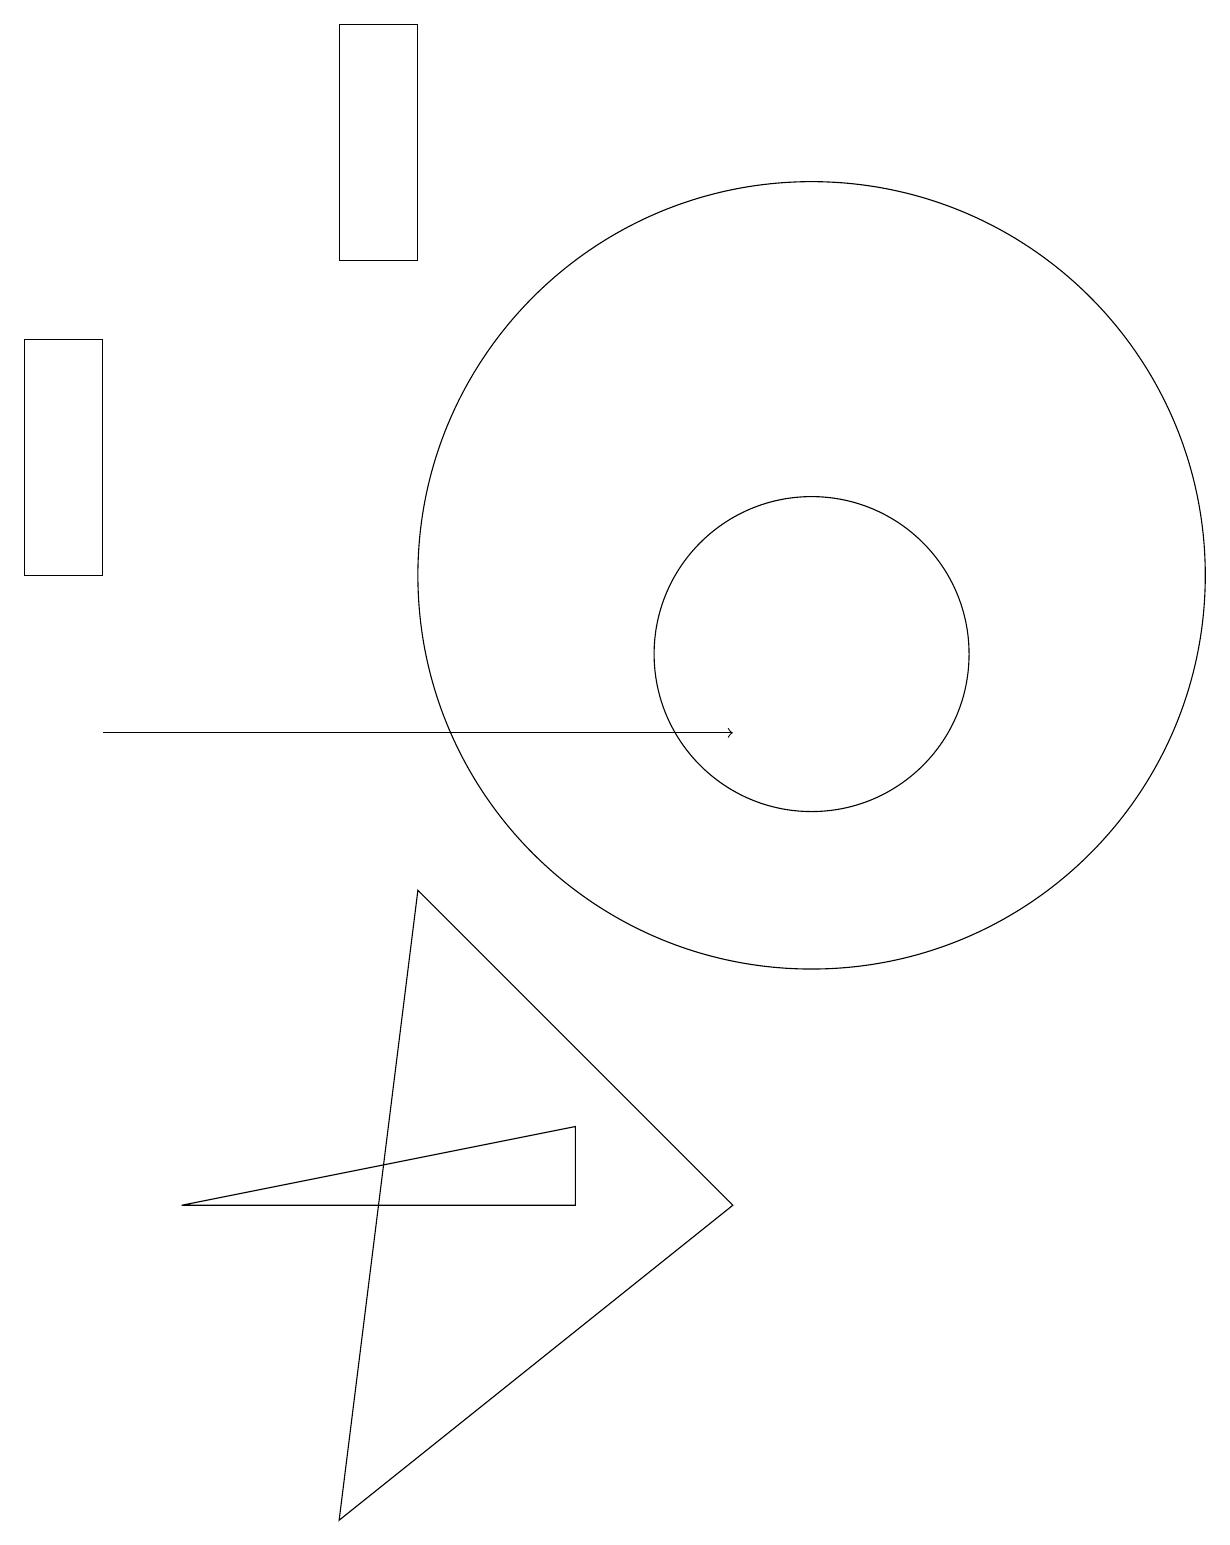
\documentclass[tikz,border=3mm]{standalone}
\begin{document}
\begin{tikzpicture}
\draw (7,5) -- (2,4) -- (7,4) -- cycle;
\draw[->] (1,10) -- (9,10);
\draw (10,12) circle (5);
\draw (4,19) rectangle (5,16);
\draw (10,11) circle (2);
\draw (0,12) rectangle (1,15);
\draw (5,8) -- (4,0) -- (9,4) -- cycle;
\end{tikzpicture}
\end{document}